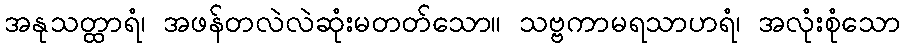
အနုသတ္ထာရံ၊ အဖန်တလဲလဲဆုံးမတတ်သော။ သဗ္ဗကာမရသာဟရံ၊ အလုံးစုံသော